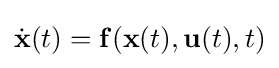
{\dot {\mathbf {x} }}(t)=\mathbf {f} (\mathbf {x} (t),\mathbf {u} (t),t)